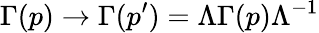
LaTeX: \Gamma(p)\rightarrow\Gamma(p^{\prime})=\Lambda\Gamma(p)\Lambda^{-1}